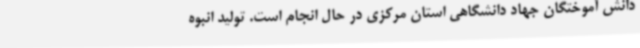
دانش آموختگان جهاد دانشگاهی استان مرکزی در حال انجام است. تولید انبوه